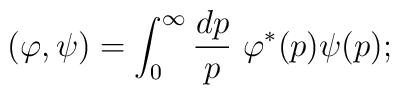
(\varphi,\psi) = \int_0^\infty\frac{dp}{p}\ \varphi^*(p)\psi(p);